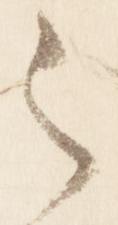
之